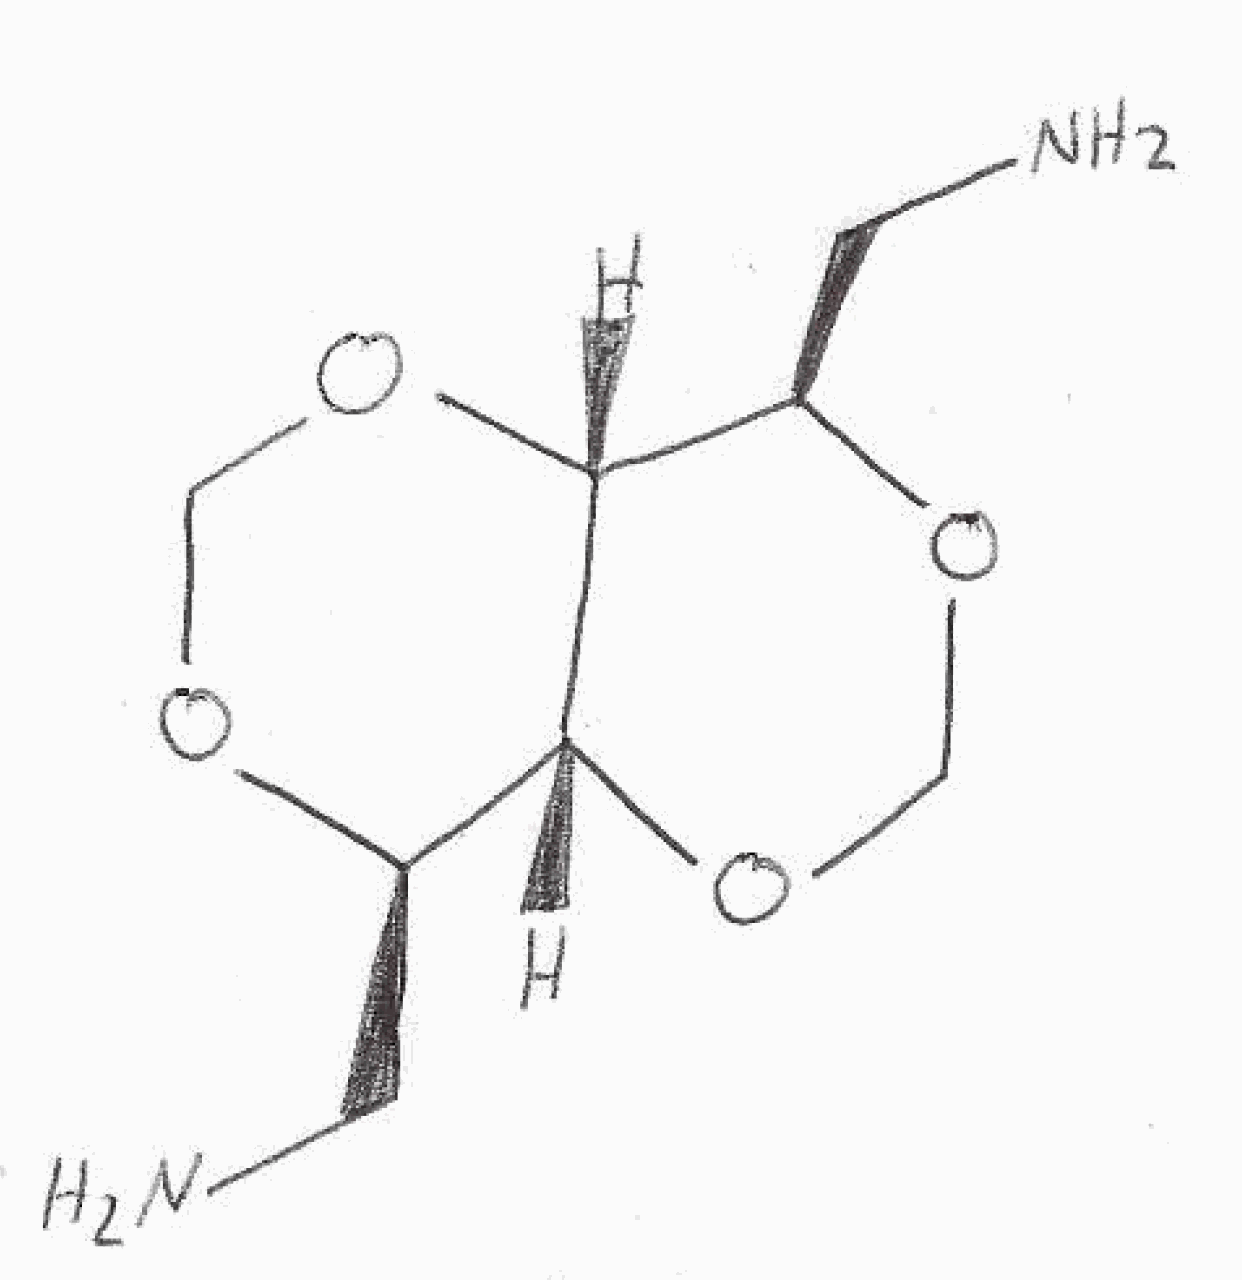
Simplified molecular-input line-entry system (SMILES) notation of the given molecule:
C1O[C@@H]([C@@H]2[C@H](O1)[C@H](OCO2)CN)CN